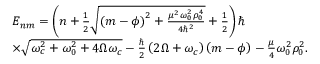
\begin{array} { r l } & { { E } _ { n m } = \left( n + \frac { 1 } { 2 } \sqrt { \left( m - \phi \right) ^ { 2 } + \frac { \mu ^ { 2 } \omega _ { 0 } ^ { 2 } \rho _ { 0 } ^ { 4 } } { 4 \hbar ^ { 2 } } } + \frac { 1 } { 2 } \right) \hbar } \\ & { \times \sqrt { \omega _ { c } ^ { 2 } + \omega _ { 0 } ^ { 2 } + 4 \Omega \omega _ { c } } - \frac { \hbar } { 2 } \left( 2 \Omega + \omega _ { c } \right) \left( m - \phi \right) - \frac { \mu } { 4 } \omega _ { 0 } ^ { 2 } \rho _ { 0 } ^ { 2 } . } \end{array}